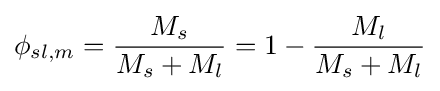
\phi _{sl,m}={\frac {M_{s}}{M_{s}+M_{l}}}=1-{\frac {M_{l}}{M_{s}+M_{l}}}